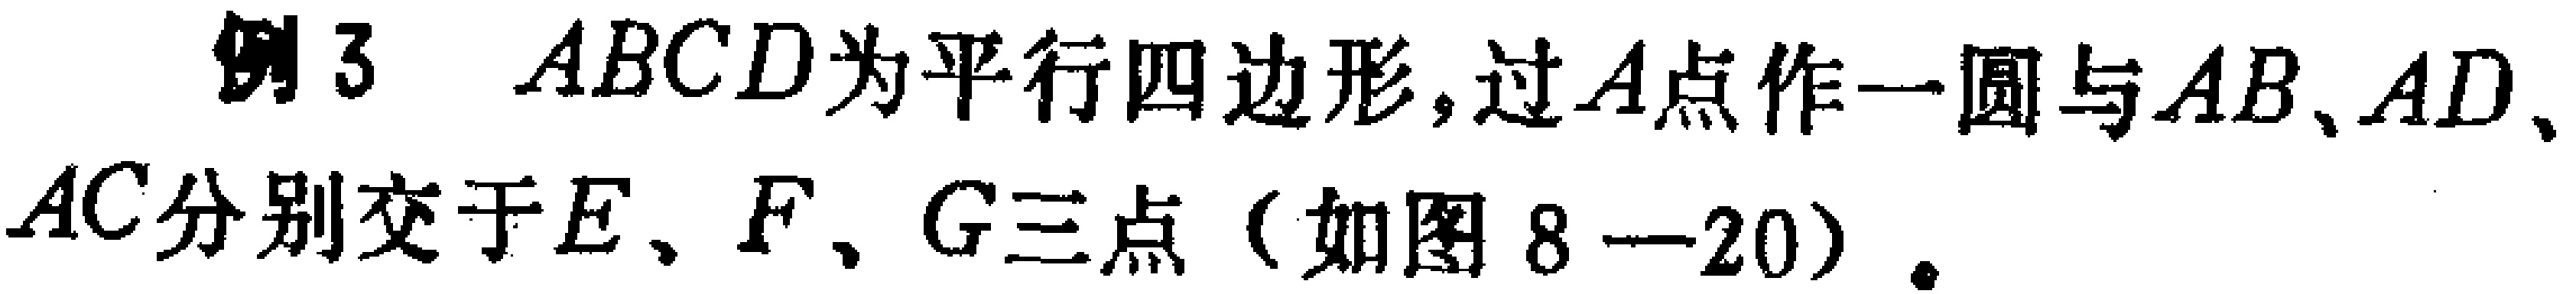
例3 \(ABCD\)为平行四边形，过\(A\)点作一圆与\(AB\)、\(AD\)、\(AC\)分别交于\(E\)、\(F\)、\(G\)三点（如图8—20）。